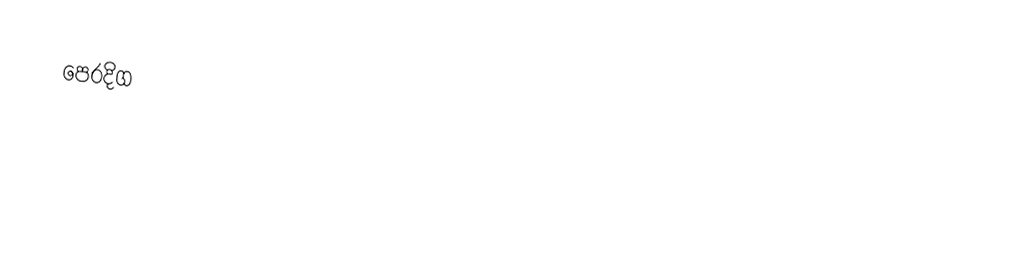
පෙරදිග